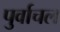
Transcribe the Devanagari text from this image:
पुर्वाचल